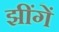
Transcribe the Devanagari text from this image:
झींगें